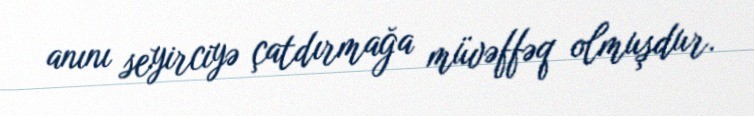
anını seyirciyə çatdırmağa müvəffəq olmuşdur.